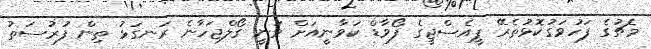
މެޗުގެ ފަހުވަގުކޮޅުތެރޭ ޕީއެސްޖީގެ ފޯވާޑް ކަވާނީއަށް ވަނީ ގޯލްޖަހާނެ ރަނގަޅު ތިން ފުރުސަތު